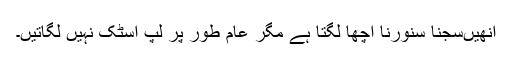
انھیںسجنا سنورنا اچھا لگتا ہے مگر عام طور پر لپ اسٹک نہیں لگاتیں۔